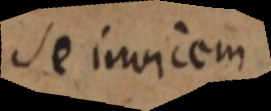
Se invicem